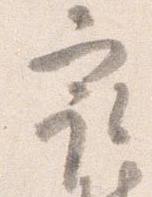
最